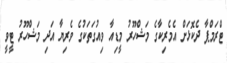
ޓްރަމްޕާ ދެކޮޅަށް އެމެރިކާގެ މަޝްހޫރު މީޑިއާ ވިއުގަތަކުގެ ވެރިޔާ އަދި މަޝްހޫރު ޓީވީ